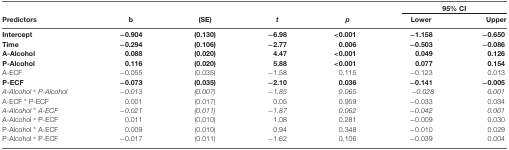
|  |  |  |  |  | <COLSPAN=2> 95% CI |
 | Predictors | b | (SE) | t | p | Lower | Upper |
 | --- | --- | --- | --- | --- | --- | --- |
 | Intercept | −0.904 | (0.130) | −6.98 | <0.001 | −1.158 | −0.650 |
 | Time | −0.294 | (0.106) | −2.77 | 0.006 | −0.503 | −0.086 |
 | A-Alcohol | 0.088 | (0.020) | 4.47 | <0.001 | 0.049 | 0.126 |
 | P-Alcohol | 0.116 | (0.020) | 5.88 | <0.001 | 0.077 | 0.154 |
 | A-ECF | −0.055 | (0.035) | −1.58 | 0.115 | −0.123 | 0.013 |
 | P-ECF | −0.073 | (0.035) | −2.10 | 0.036 | −0.141 | −0.005 |
 | A-Alcohol * P-Alcohol | −0.013 | (0.007) | −1.85 | 0.065 | −0.028 | 0.001 |
 | A-ECF * P-ECF | 0.001 | (0.017) | 0.05 | 0.959 | −0.033 | 0.034 |
 | A-Alcohol * A-ECF | −0.021 | (0.011) | −1.87 | 0.062 | −0.042 | 0.001 |
 | A-Alcohol * P-ECF | 0.011 | (0.010) | 1.08 | 0.281 | −0.009 | 0.030 |
 | P-Alcohol * A-ECF | 0.009 | (0.010) | 0.94 | 0.348 | −0.010 | 0.029 |
 | P-Alcohol * P-ECF | −0.017 | (0.011) | −1.62 | 0.106 | −0.039 | 0.004 |